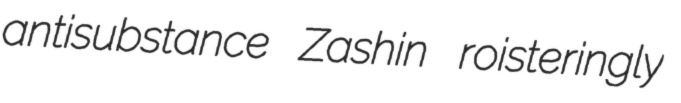
antisubstance Zashin roisteringly